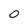
Character: 0